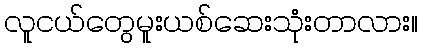
လူငယ်တွေမူးယစ်ဆေးသုံးတာလား။